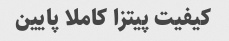
کیفیت پیتزا کاملا پایین